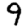
Digit: 9